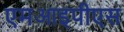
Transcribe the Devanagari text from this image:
एमआइपीएस